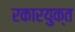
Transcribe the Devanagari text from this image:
रकारयुक्त